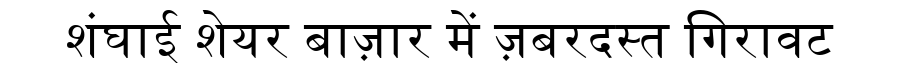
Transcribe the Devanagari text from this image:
शंघाई शेयर बाज़ार में ज़बरदस्त गिरावट